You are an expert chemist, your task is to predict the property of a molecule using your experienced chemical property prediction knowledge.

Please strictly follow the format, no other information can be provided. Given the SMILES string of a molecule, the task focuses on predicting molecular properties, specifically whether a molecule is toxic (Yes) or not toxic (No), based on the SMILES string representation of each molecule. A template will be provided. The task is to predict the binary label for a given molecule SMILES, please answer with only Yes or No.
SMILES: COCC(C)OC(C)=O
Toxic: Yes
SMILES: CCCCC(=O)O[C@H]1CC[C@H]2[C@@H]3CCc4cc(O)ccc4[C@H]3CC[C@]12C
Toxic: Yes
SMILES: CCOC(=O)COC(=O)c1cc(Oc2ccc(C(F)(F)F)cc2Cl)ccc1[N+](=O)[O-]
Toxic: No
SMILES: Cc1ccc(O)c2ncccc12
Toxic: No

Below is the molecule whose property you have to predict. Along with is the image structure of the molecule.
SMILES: CC(=O)[O-].[K+]
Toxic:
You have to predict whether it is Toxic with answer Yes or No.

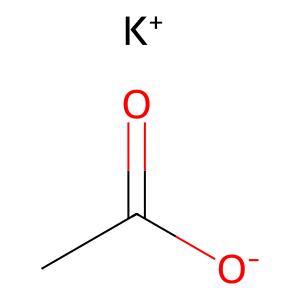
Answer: No